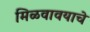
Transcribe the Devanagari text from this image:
मिळवावयाचे